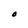
Character: O